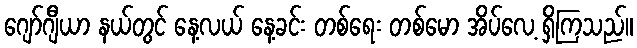
ဂျော်ဂျီယာ နယ်တွင် နေ့လယ် နေ့ခင်း တစ်ရေး တစ်မော အိပ်လေ့ ရှိကြသည်။